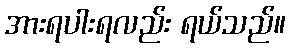
အားရပါးရလည်း ရယ်သည်။